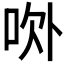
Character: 𰇚